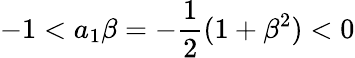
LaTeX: -1<a_{1}\beta=-\frac{1}{2}(1+\beta^{2})<0